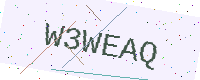
Text: W3WEAQ